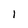
Character: l